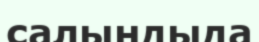
салындыда